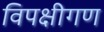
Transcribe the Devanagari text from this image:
विपक्षीगण